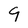
Character: 9